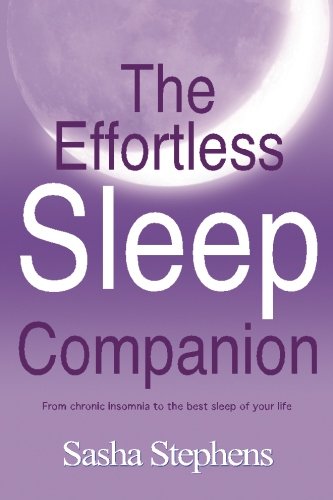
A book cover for The Effortless Sleep Companion: From chronic insomnia to the best sleep of your life; Sasha Stephens; Health, Fitness & Dieting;